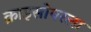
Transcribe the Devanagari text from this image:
क्राइसोपरला